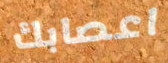
اعصابك